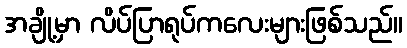
အချို့မှာ လိပ်ပြာရုပ်ကလေးများဖြစ်သည်။